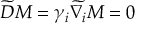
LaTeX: \widetilde { D } M = \gamma _ { i } \widetilde { \nabla _ { i } } M = 0